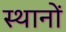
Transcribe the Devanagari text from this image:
स्थानाें